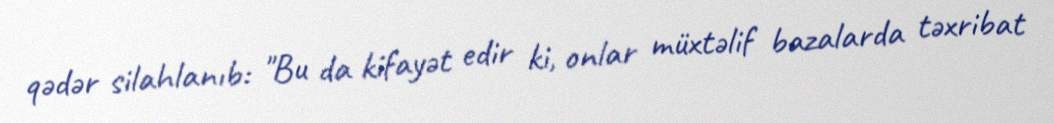
qədər silahlanıb: "Bu da kifayət edir ki, onlar müxtəlif bazalarda təxribat